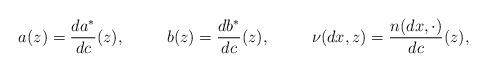
LaTeX: \begin{align*} a(z) = \frac{da^*}{dc}(z), && b(z) = \frac{db^*}{dc}(z), && \nu(dx, z) = \frac{n(dx,\cdot)}{dc}(z), \end{align*}